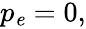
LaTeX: \begin{array}{r}{p_{\mathit e}=0,}\end{array}